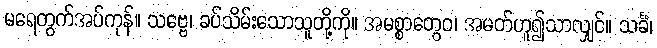
မရေတွက်အပ်ကုန်။ သဗ္ဗေ၊ ခပ်သိမ်းသောသူတို့ကို။ အမစ္စာတွေဝ၊ အမတ်ဟူ၍သာလျှင်။ သင်္ခံ၊